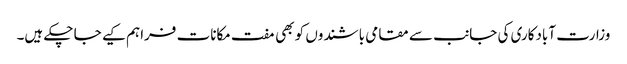
وزارت آبادکاری کی جانب سے مقامی باشندوں کو بھی مفت مکانات فراہم کیے جا چکے ہیں۔